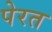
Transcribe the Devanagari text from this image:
पेरत